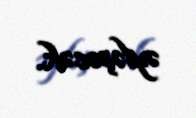
əyləşəcək.